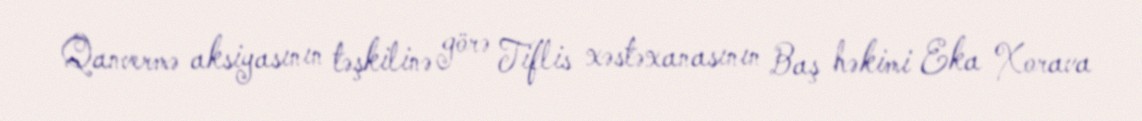
Qanvermə aksiyasının təşkilinə görə Tiflis xəstəxanasının Baş həkimi Eka Xorava